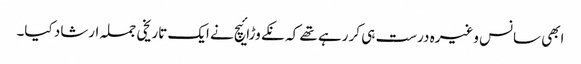
ابھی سانس وغیرہ درست ہی کر رہے تھے کہ نکے وڑائیچ نے ایک تاریخی جملہ ارشاد کیا۔